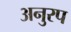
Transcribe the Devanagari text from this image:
अनुरप